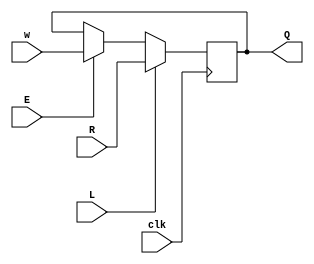
module top_module (
    input clk,
    input w, R, E, L,
    output reg Q
);
    
    always @(posedge clk) begin
        Q <= L ? R : (E ? w : Q);
    end

endmodule